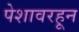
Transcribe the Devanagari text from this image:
पेशावरहून